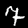
Label: 7